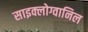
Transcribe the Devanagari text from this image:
साइक्लोग्वानिल